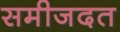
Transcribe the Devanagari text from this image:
समीजदत